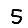
Digit: 5